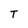
Character: T